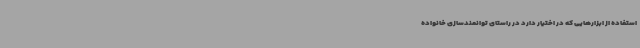
استفاده از ابزارهایی که در اختیار دارد در راستای توانمندسازی خانواده